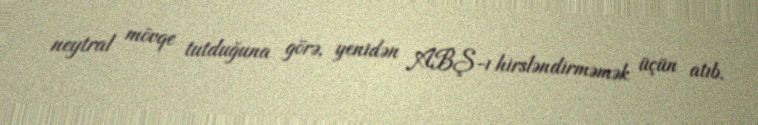
neytral mövqe tutduğuna görə, yenidən ABŞ-ı hirsləndirməmək üçün atıb.